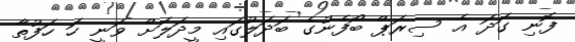
ފޮނި ގަދަ އެ ސިރަޕް ބޯފެނުގެ ބަދަލުގައި މީދަލަށް ވަނީ ހަ ހަފުތާ